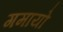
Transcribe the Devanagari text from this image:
गमायो